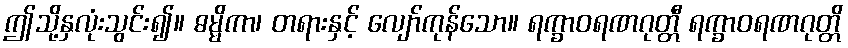
ဤသို့နှလုံးသွင်း၍။ ဓမ္မိကာ၊ တရားနှင့် လျော်ကုန်သော။ ရက္ခာဝရဏဂုတ္တီ ရက္ခာဝရဏဂုတ္တိ